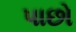
પાછો